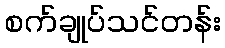
စက်ချုပ်သင်တန်း